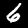
Label: 6